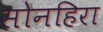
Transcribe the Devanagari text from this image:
सोनहिरा